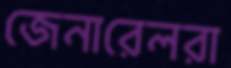
জেনারেলরা